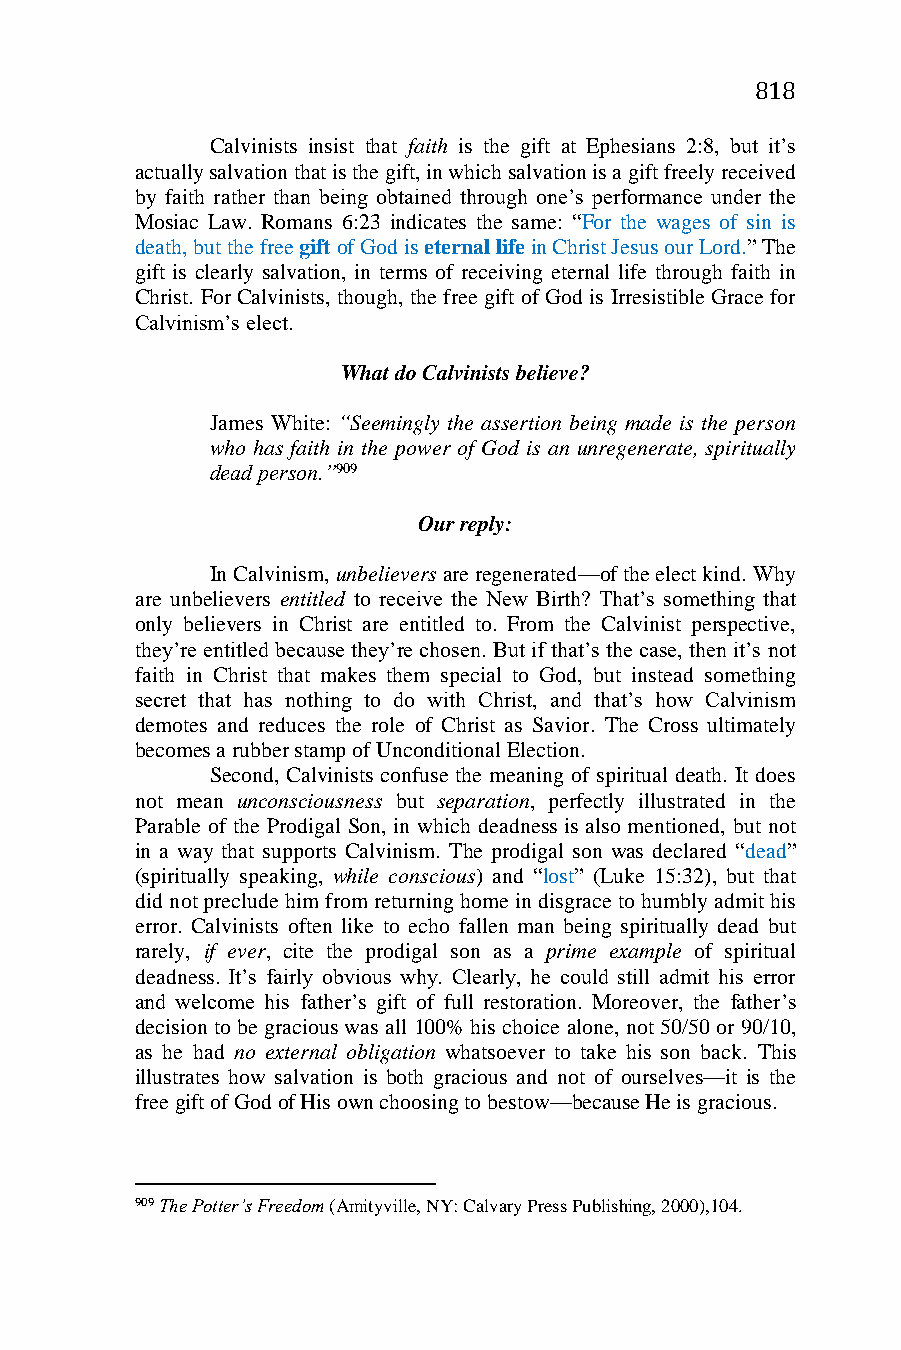
818
 Calvinists insist that faith is the gift at Ephesians 2:8, but it’s
 actually salvation that is the gift, in which salvation is a gift freely received
 by faith rather than being obtained through one’s performance under the
 Mosiac Law. Romans 6:23 indicates the same: “For the wages of sin is
 death, but the free gift of God is eternal life in Christ Jesus our Lord.” The
 gift is clearly salvation, in terms of receiving eternal life through faith in
 Christ. For Calvinists, though, the free gift of God is Irresistible Grace for
 Calvinism’s elect.
 What do Calvinists believe?
 James White: “Seemingly the assertion being made is the person
 who has faith in the power of God is an unregenerate, spiritually
 dead person.”909
 Our reply:
 In Calvinism, unbelievers are regenerated—of the elect kind. Why
 are unbelievers entitled to receive the New Birth? That’s something that
 only believers in Christ are entitled to. From the Calvinist perspective,
 they’re entitled because they’re chosen. But if that’s the case, then it’s not
 faith in Christ that makes them special to God, but instead something
 secret that has nothing to do with Christ, and that’s how Calvinism
 demotes and reduces the role of Christ as Savior. The Cross ultimately
 becomes a rubber stamp of Unconditional Election.
 Second, Calvinists confuse the meaning of spiritual death. It does
 not mean unconsciousness but separation, perfectly illustrated in the
 Parable of the Prodigal Son, in which deadness is also mentioned, but not
 in a way that supports Calvinism. The prodigal son was declared “dead”
 (spiritually speaking, while conscious) and “lost” (Luke 15:32), but that
 did not preclude him from returning home in disgrace to humbly admit his
 error. Calvinists often like to echo fallen man being spiritually dead but
 rarely, if ever, cite the prodigal son as a prime example of spiritual
 deadness. It’s fairly obvious why. Clearly, he could still admit his error
 and welcome his father’s gift of full restoration. Moreover, the father’s
 decision to be gracious was all 100% his choice alone, not 50/50 or 90/10,
 as he had no external obligation whatsoever to take his son back. This
 illustrates how salvation is both gracious and not of ourselves—it is the
 free gift of God of His own choosing to bestow—because He is gracious.
 909 The Potter’s Freedom (Amityville, NY: Calvary Press Publishing, 2000),104.